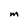
Character: m